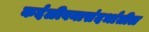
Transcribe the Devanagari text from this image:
कर्दळीवनासंदर्भातील